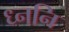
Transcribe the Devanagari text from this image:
ध्ननि